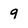
Character: 9